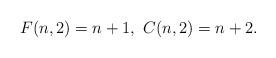
LaTeX: \begin{align*}F(n,2) = n+1,\ C(n,2) = n+2.\end{align*}